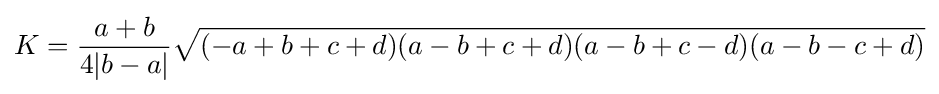
K={\frac {a+b}{4|b-a|}}{\sqrt {(-a+b+c+d)(a-b+c+d)(a-b+c-d)(a-b-c+d)}}